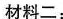
材料二：